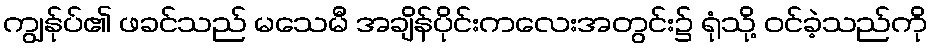
ကျွန်ုပ်၏ ဖခင်သည် မသေမီ အချိန်ပိုင်းကလေးအတွင်း၌ ရုံသို့ ဝင်ခဲ့သည်ကို